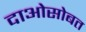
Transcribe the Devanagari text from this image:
दाओसोबत